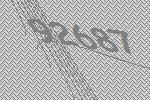
92687